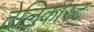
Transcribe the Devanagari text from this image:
टेलिकास्ट